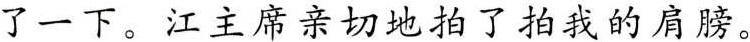
了一下。江主席亲切地拍了拍我的肩膀。